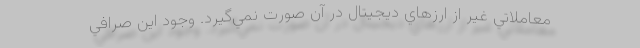
معاملاتي غير از ارزهاي ديجيتال در آن صورت نمي­گيرد. وجود اين صرافي